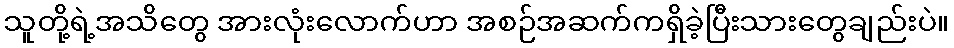
သူတို့ရဲ့အသိတွေ အားလုံးလောက်ဟာ အစဉ်အဆက်ကရှိခဲ့ပြီးသားတွေချည်းပဲ။